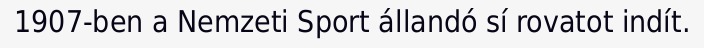
1907-ben a Nemzeti Sport állandó sí rovatot indít.